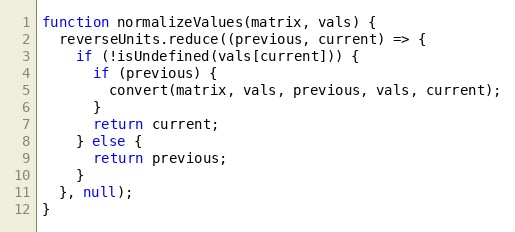
Language: JavaScript
function normalizeValues(matrix, vals) {
  reverseUnits.reduce((previous, current) => {
    if (!isUndefined(vals[current])) {
      if (previous) {
        convert(matrix, vals, previous, vals, current);
      }
      return current;
    } else {
      return previous;
    }
  }, null);
}